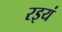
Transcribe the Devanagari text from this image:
रइयं